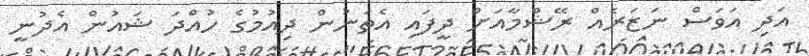
އަދި އަވަސް ނަޒަރެއް ރޭޝްމާއަށް ދީފައި އެތަނުން ދިއުމުގެ ހުއްދަ ޝައުން އެދުނީ